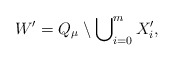
\begin{align*}W' = Q_\mu \setminus \bigcup\nolimits^{m}_{i=0} X'_i,\end{align*}